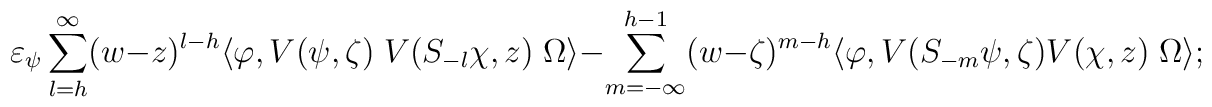
\varepsilon_{\psi}\sum_{l=h}^{\infty} (w-z)^{l-h} \langle\varphi,V(\psi,\zeta)\;V(S_{-l}\chi,z)\;\Omega\rangle -\sum_{m=-\infty}^{h-1} (w-\zeta)^{m-h}\langle\varphi, V(S_{-m}\psi,\zeta) V(\chi,z)\;\Omega\rangle;